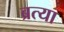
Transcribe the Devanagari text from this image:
ब्रत्या